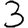
Digit: 3